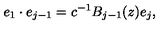
e _ { 1 } \cdot e _ { j - 1 } = c ^ { - 1 } B _ { j - 1 } ( z ) e _ { j } ,